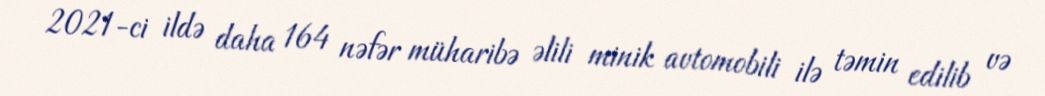
2021-ci ildə daha 164 nəfər müharibə əlili minik avtomobili ilə təmin edilib və